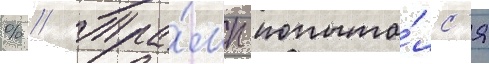
% // Тра́мп попыта́лс'я